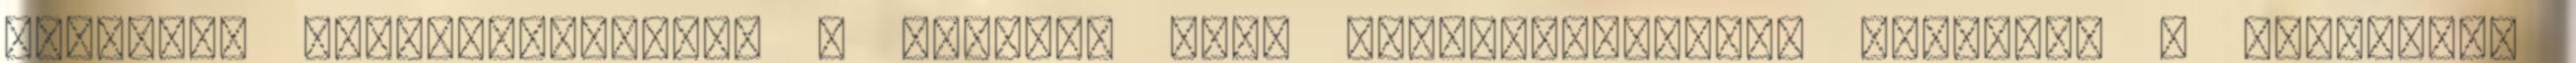
források megszerzéséhez. A Ka-Vosz Zrt. vezérigazgatója közölte: a Széchenyi